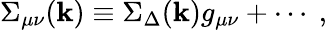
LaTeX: \Sigma_{\mu\nu}(\mathbf{k})\equiv\Sigma_{\Delta}(\mathbf{k})g_{\mu\nu}+\cdots\ ,